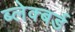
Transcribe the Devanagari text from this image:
ब्लेक्बर्ड